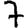
Digit: 7